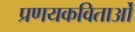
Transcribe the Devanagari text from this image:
प्रणयकविताओं